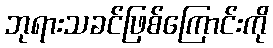
ဘုရားသခင်ဖြစ်ကြောင်းကို